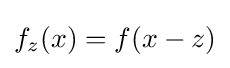
f_{z}(x)=f(x-z)